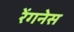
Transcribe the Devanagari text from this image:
रेंगनेस